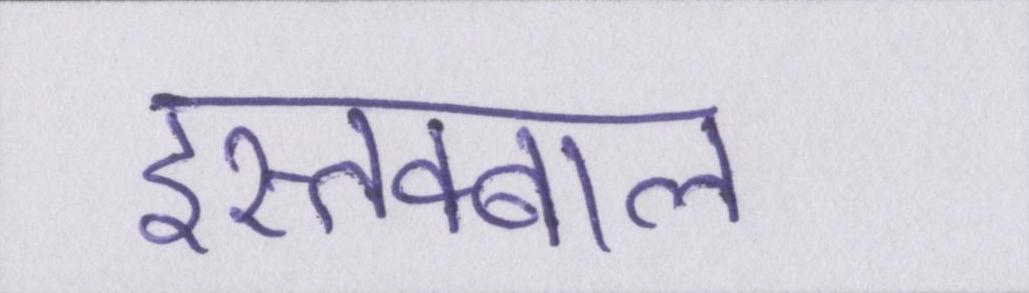
इस्तक्बाल